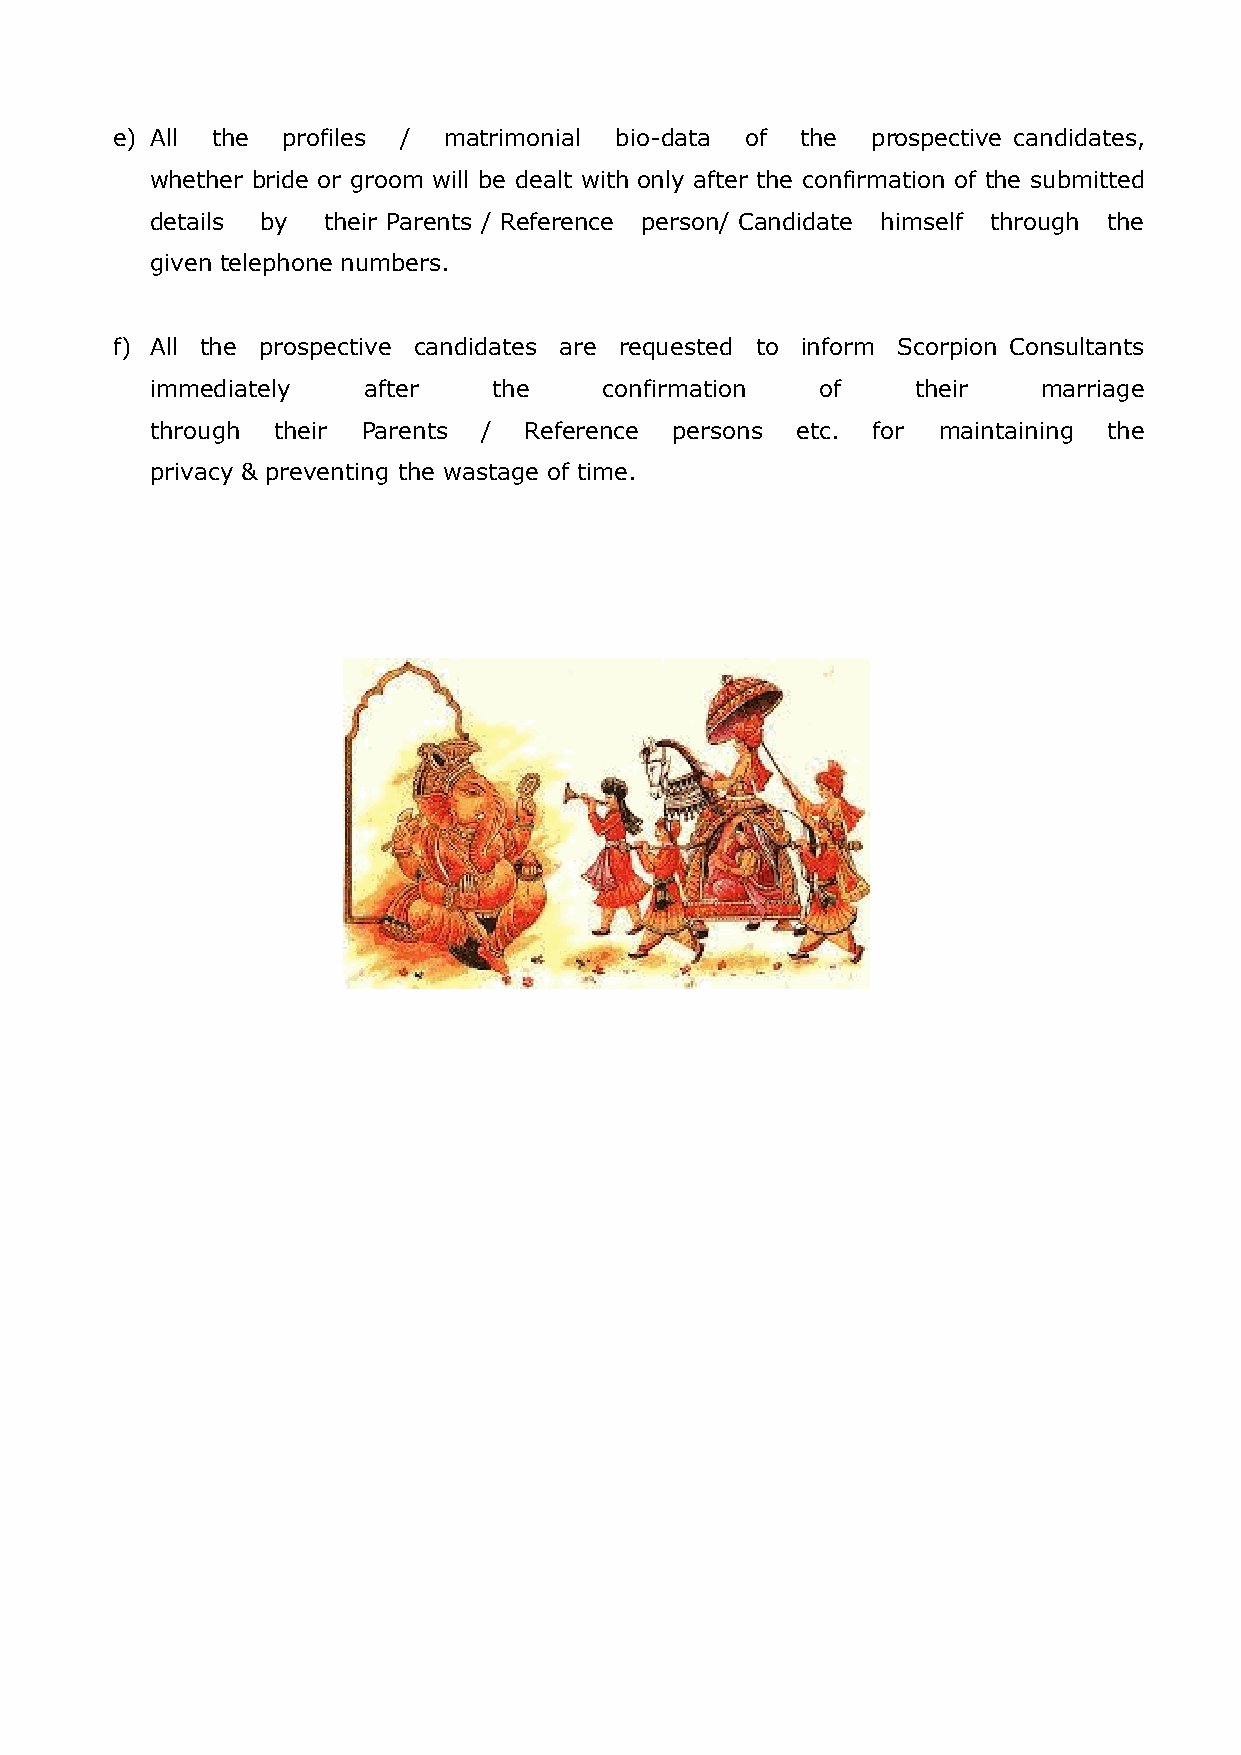
e) All the  profiles / matrimonial bio-data of the prospective candidates,
 whether bride or groom will be dealt with only after the confirmation of the submitted
 details by their Parents / Reference person/ Candidate himself through the
 given telephone numbers.
 f) All the prospective candidates are requested to inform Scorpion Consultants
 immediately   after    the    confirmation  of     their   marriage
 through their Parents /  Reference persons etc. for maintaining the
 privacy & preventing the wastage of time.